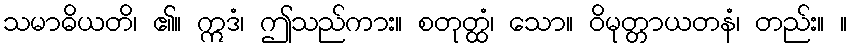
သမာဓိယတိ၊ ၏။ ဣဒံ၊ ဤသည်ကား။ စတုတ္ထံ၊ သော။ ဝိမုတ္တာယတနံ၊ တည်း။ ။